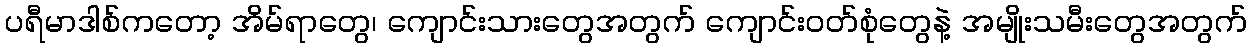
ပရီမာဒါစ်ကတော့ အိမ်ရာတွေ၊ ကျောင်းသားတွေအတွက် ကျောင်းဝတ်စုံတွေနဲ့ အမျိုးသမီးတွေအတွက်